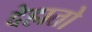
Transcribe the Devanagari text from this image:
देहातो